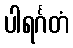
ပါရင်္ဂတံ